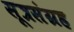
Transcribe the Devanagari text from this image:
सूत्रसंग्रह